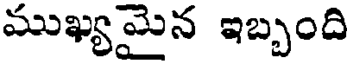
ముఖ్యమైన ఇబ్బంది